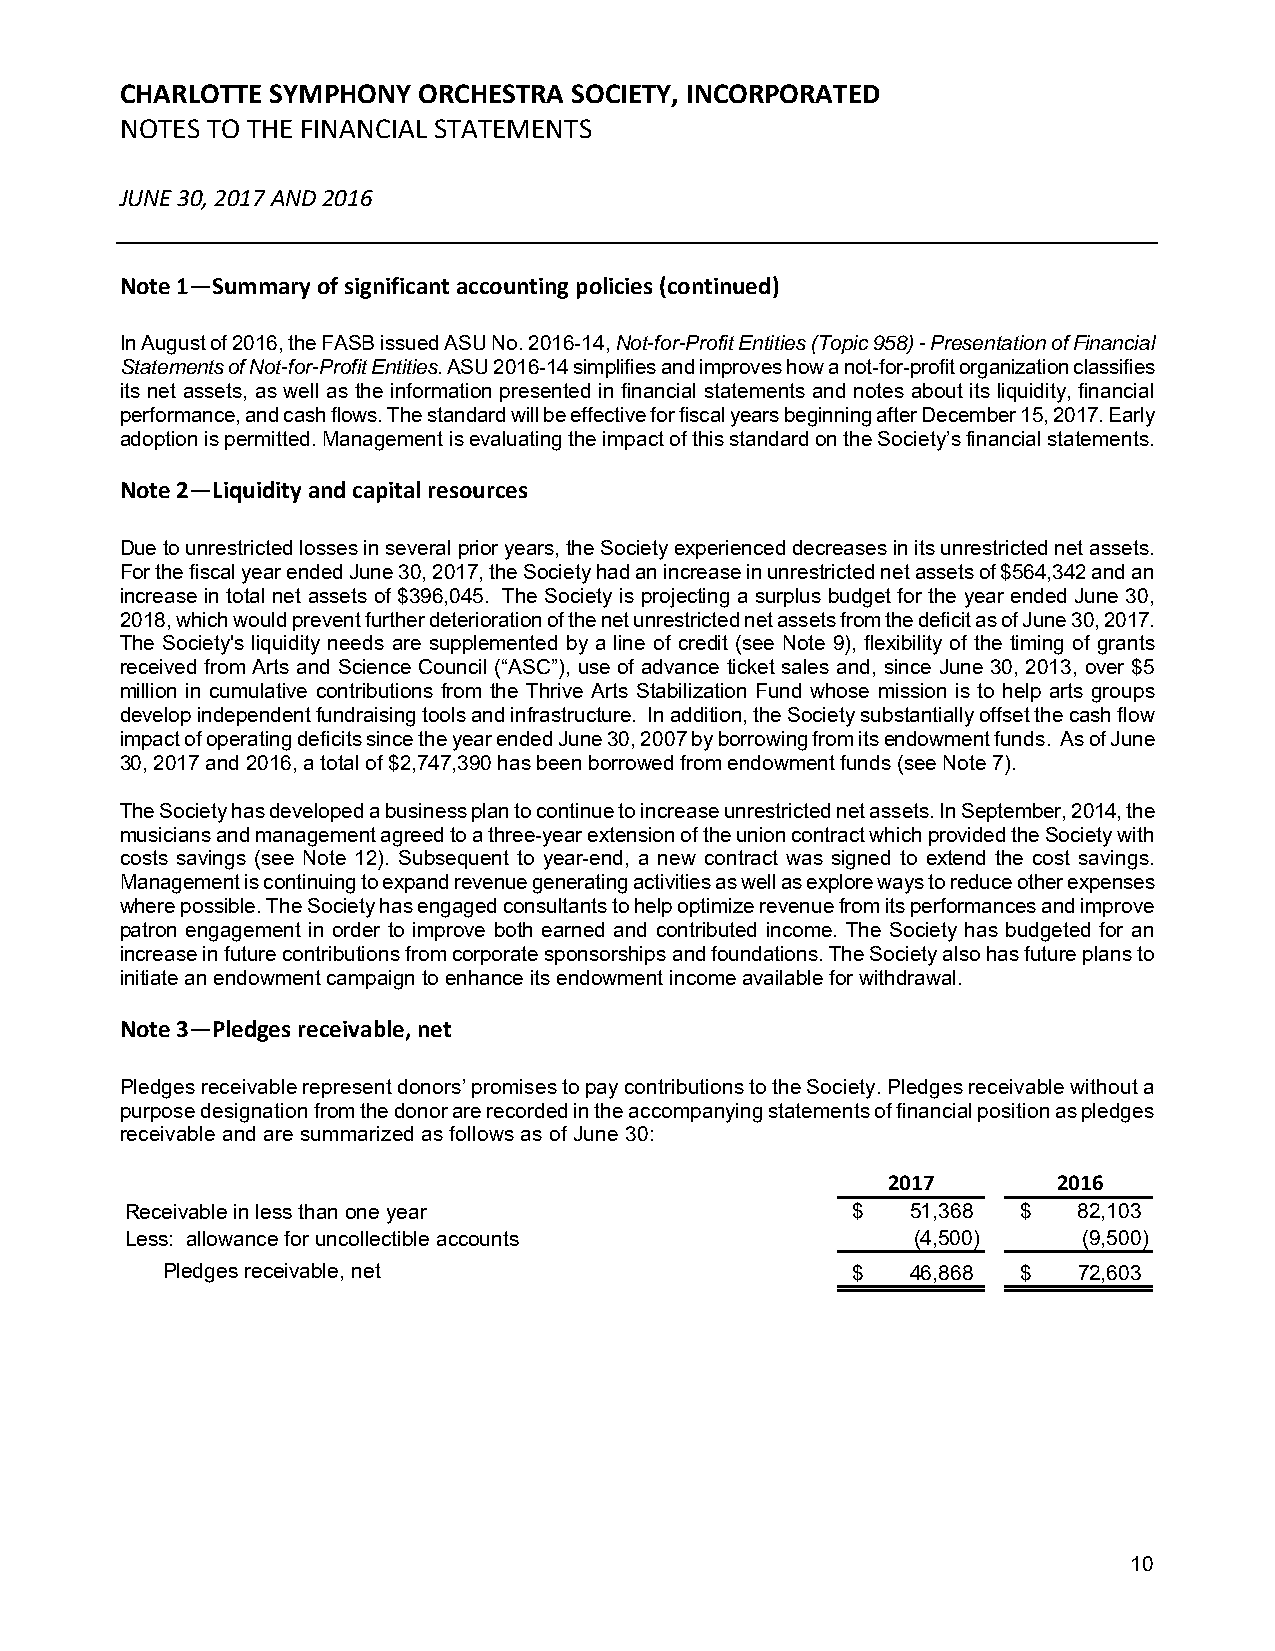
CHARLOTTE SYMPHONY  ORCHESTRA SOCIETY, INCORPORATED
 NOTES TO THE FINANCIAL STATEMENTS
 JUNE 30, 2017 AND 2016
 Note 1—Summary of significant accounting policies (continued)
 In August of 2016, the FASB issued ASU No. 2016-14, Not-for-Profit Entities (Topic 958) - Presentation of Financial
 Statements of Not-for-Profit Entities. ASU 2016-14 simplifies and improves how a not-for-profit organization classifies
 its net assets, as well as the information presented in financial statements and notes about its liquidity, financial
 performance, and cash flows. The standard will be effective for fiscal years beginning after December 15, 2017. Early
 adoption is permitted. Management is evaluating the impact of this standard on the Society’s financial statements.
 Note 2—Liquidity and capital resources
 Due to unrestricted losses in several prior years, the Society experienced decreases in its unrestricted net assets.
 For the fiscal year ended June 30, 2017, the Society had an increase in unrestricted net assets of $564,342 and an
 increase in total net assets of $396,045. The Society is projecting a surplus budget for the year ended June 30,
 2018, which would prevent further deterioration of the net unrestricted net assets from the deficit as of June 30, 2017.
 The Society's liquidity needs are supplemented by a line of credit (see Note 9), flexibility of the timing of grants
 received from Arts and Science Council (“ASC”), use of advance ticket sales and, since June 30, 2013, over $5
 million in cumulative contributions from the Thrive Arts Stabilization Fund whose mission is to help arts groups
 develop independent fundraising tools and infrastructure. In addition, the Society substantially offset the cash flow
 impact of operating deficits since the year ended June 30, 2007 by borrowing from its endowment funds. As of June
 30, 2017 and 2016, a total of $2,747,390 has been borrowed from endowment funds (see Note 7).
 The Society has developed a business plan to continue to increase unrestricted net assets. In September, 2014, the
 musicians and management agreed to a three-year extension of the union contract which provided the Society with
 costs savings (see Note 12). Subsequent to year-end, a new contract was signed to extend the cost savings.
 Management is continuing to expand revenue generating activities as well as explore ways to reduce other expenses
 where possible. The Society has engaged consultants to help optimize revenue from its performances and improve
 patron engagement in order to improve both earned and contributed income. The Society has budgeted for an
 increase in future contributions from corporate sponsorships and foundations. The Society also has future plans to
 initiate an endowment campaign to enhance its endowment income available for withdrawal.
 Note 3—Pledges receivable, net
 Pledges receivable represent donors’ promises to pay contributions to the Society. Pledges receivable without a
 purpose designation from the donor are recorded in the accompanying statements of financial position as pledges
 receivable and are summarized as follows as of June 30:
 2017       2016
 Receivable in less than one year                $   5 1,368 $  82,103
 Less: allowance for uncollectible accounts           ( 4,500)   (9,500)
 Pledges receivable, net                      $   4 6,868 $  72,603
 10